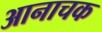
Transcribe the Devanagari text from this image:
आनाचक